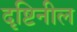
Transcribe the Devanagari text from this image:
दृष्टिनील